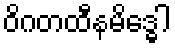
ဝိဂတထီနမိဒ္ဓေါ